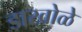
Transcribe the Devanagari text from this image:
डाखोळे